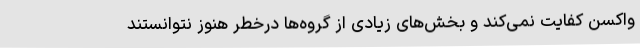
واکسن کفایت نمی‌کند و بخش‌های زیادی از گروه‌ها درخطر هنوز نتوانستند